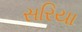
સરિયા